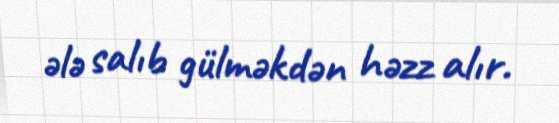
ələ salıb gülməkdən həzz alır.